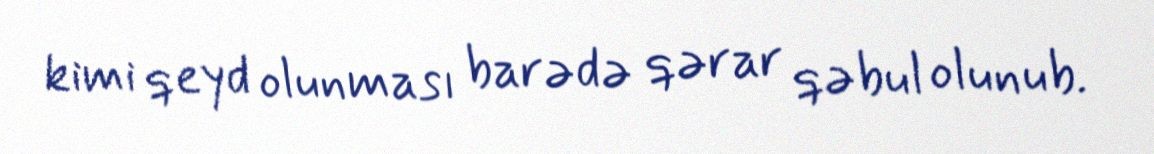
kimi qeyd olunması barədə qərar qəbul olunub.